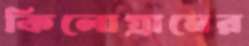
কিলোগ্রামের